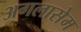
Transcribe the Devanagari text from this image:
अगलासेम